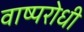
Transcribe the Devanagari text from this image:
वाष्परोधी